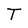
Character: T